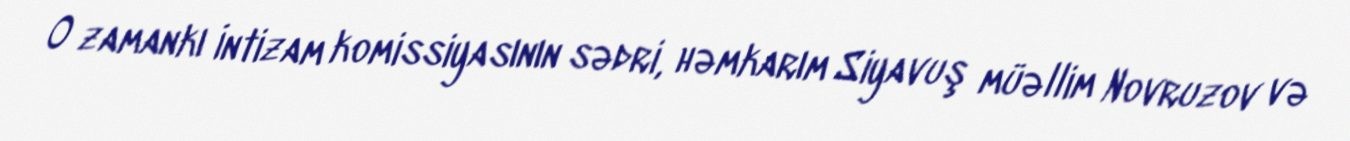
O zamankı İntizam komissiyasının sədri, həmkarım Siyavuş müəllim Novruzov və